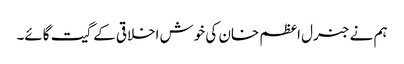
ہم نے جنرل اعظم خان کی خوش اخلاقی کے گیت گائے۔